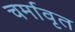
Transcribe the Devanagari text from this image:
चर्मावृत